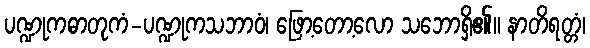
ပဏ္ဍုကဓာတုကံ-ပဏ္ဍုကသဘာဝံ၊ ဖြော့တော့လော သဘောရှိ၏။ နာတိရတ္တံ၊